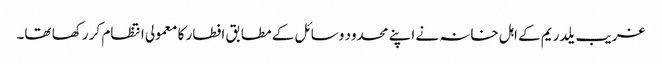
غریب یلدریم کے اہل خانہ نے اپنے محدود وسائل کے مطابق افطار کا معمولی انتظام کر رکھا تھا۔